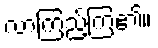
လာကြည့်ကြ၏။